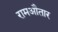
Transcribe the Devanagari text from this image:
रामऔतार